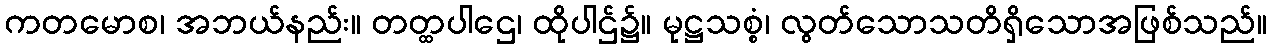
ကတမောစ၊ အဘယ်နည်း။ တတ္ထပါဌေ၊ ထိုပါဌ်၌။ မုဋ္ဌသစ္စံ၊ လွတ်သောသတိရှိသောအဖြစ်သည်။